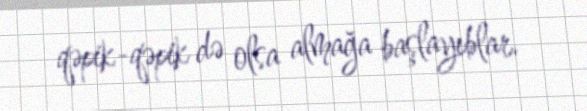
qəpik-qəpik də olsa almağa başlayıblar.